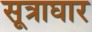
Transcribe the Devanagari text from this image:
सूत्राघार